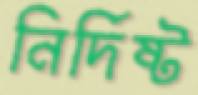
নির্দিষ্ট